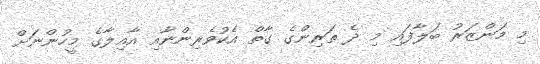
މި މަންޒަރު ބަލާފައި މި ދެ ތަރިންގެ ގާތް އެކުވެރިންނާއި އާއިލާގެ މީހުންނަށް